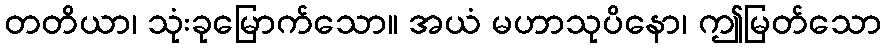
တတိယာ၊ သုံးခုမြောက်သော။ အယံ မဟာသုပိနော၊ ဤမြတ်သော